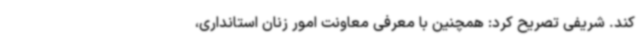
کند. شریفی تصریح کرد: همچنین با معرفی معاونت امور زنان استانداری،